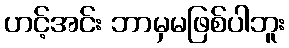
ဟင့်အင်း ဘာမှမဖြစ်ပါဘူး